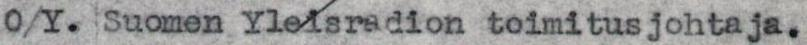
O/Y. Suomen Yleisradion toimitusjohtaja.